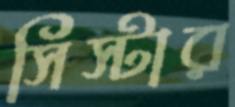
সিস্টার